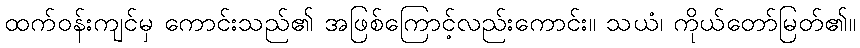
ထက်ဝန်းကျင်မှ ကောင်းသည်၏ အဖြစ်ကြောင့်လည်းကောင်း။ သယံ၊ ကိုယ်တော်မြတ်၏။